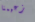
زعيمنا